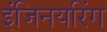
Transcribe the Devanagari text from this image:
इंजिनयरिंग